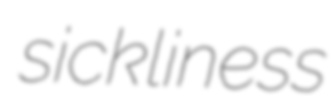
sickliness